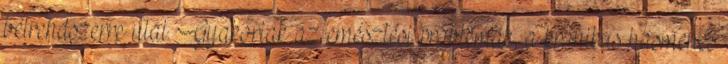
bélrendszerre utal. Gyakoriak az emésztési problémák, a krónikus hasmenés